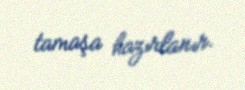
tamaşa hazırlanır.